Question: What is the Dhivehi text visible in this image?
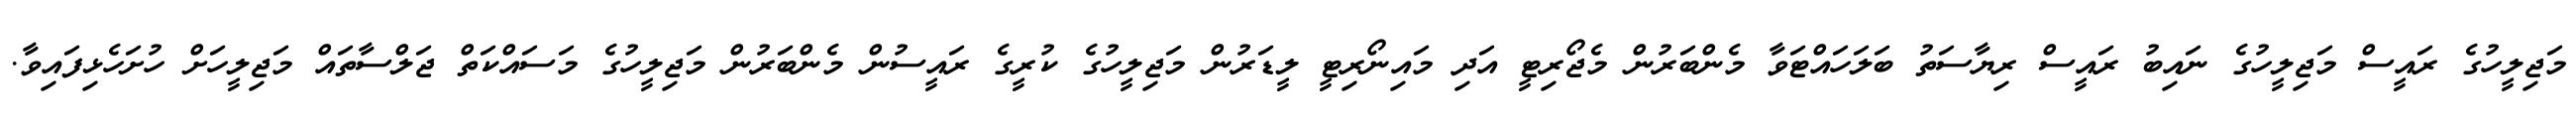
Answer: މަޖިލީހުގެ ރައީސް މަޖިލީހުގެ ނައިބު ރައީސް ރިޔާސަތު ބަލަހައްޓަވާ މެންބަރުން މެޖޯރިޓީ އަދި މައިނޯރިޓީ ލީޑަރުން މަޖިލީހުގެ ކުރީގެ ރައީސުން މެންބަރުން މަޖިލީހުގެ މަސައްކަތް ޖަލްސާތައް މަޖިލީހަށް ހުށަހެޅިފައިވާ.